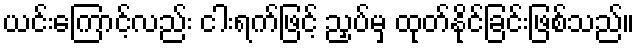
ယင်းကြောင့်လည်း ငါးရက်ဖြင့် ညှပ်မှ ထုတ်နိုင်ခြင်းဖြစ်သည်။